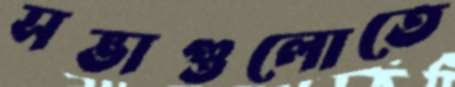
সভাগুলোতে